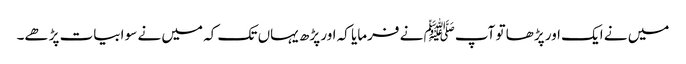
میں نے ایک اور پڑھا تو آپﷺ نے فرمایا کہ اور پڑھ یہاں تک کہ میں نے سو ابیات پڑھے۔